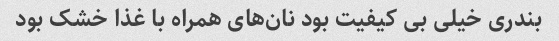
بندری خیلی بی کیفیت بود نان‌های همراه با غذا خشک بود